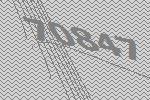
70847